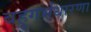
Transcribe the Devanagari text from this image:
बहुगर्भधारणा